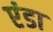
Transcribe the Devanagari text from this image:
एंडा